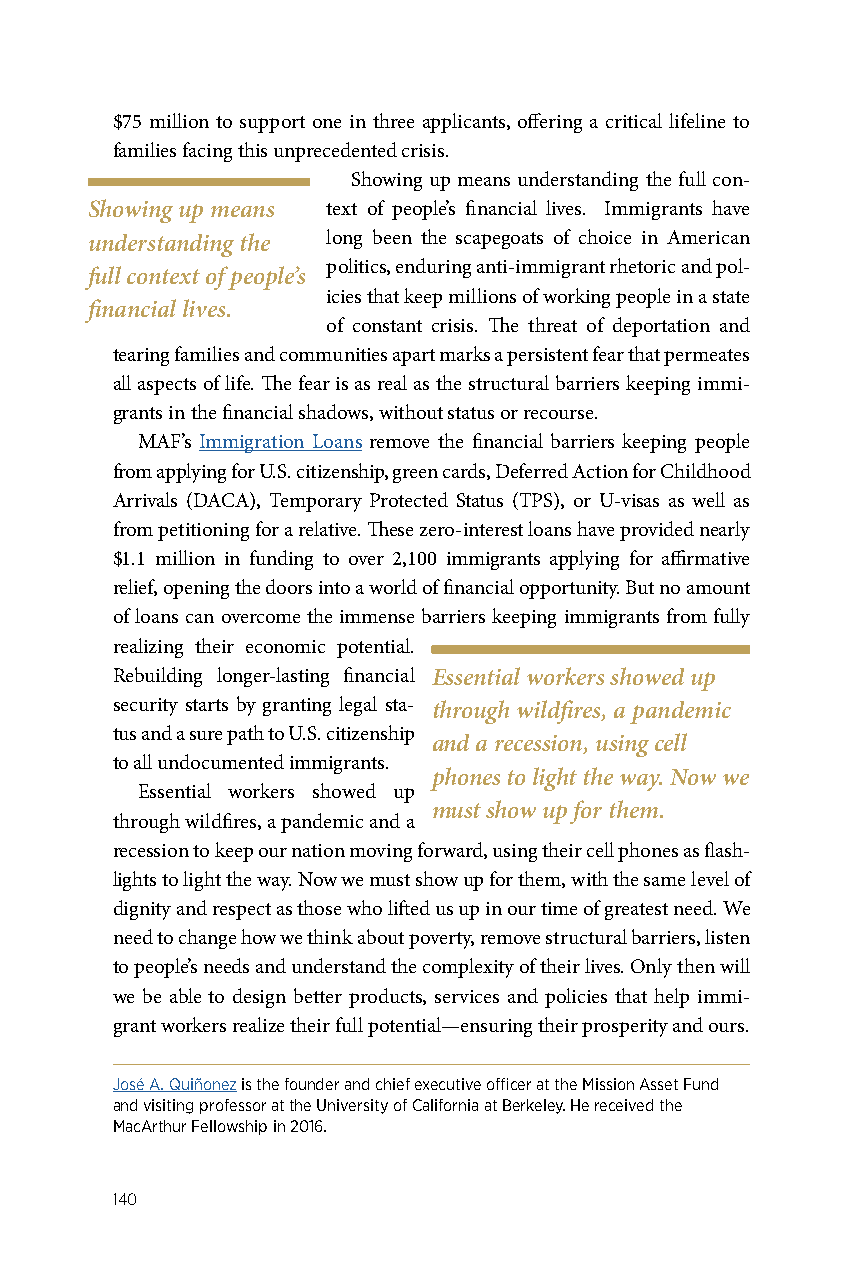
$75 million to support one in three applicants, offering a critical lifeline to
 families facing this unprecedented crisis.
 Showing up means understanding the full con-
 Showing up means text of people’s financial lives. Immigrants have
 understanding the long been the scapegoats of choice in American
 politics, enduring anti-immigrant rhetoric and pol-
 full context of people’s
 icies that keep millions of working people in a state
 financial lives.
 of constant crisis. The threat of deportation and
 tearing families and communities apart marks a persistent fear that permeates
 all aspects of life. The fear is as real as the structural barriers keeping immi-
 grants in the financial shadows, without status or recourse.
 MAF’s Immigration Loans remove the financial barriers keeping people
 from applying for U.S. citizenship, green cards, Deferred Action for Childhood
 Arrivals (DACA), Temporary Protected Status (TPS), or U-visas as well as
 from petitioning for a relative. These zero-interest loans have provided nearly
 $1.1 million in funding to over 2,100 immigrants applying for affirmative
 relief, opening the doors into a world of financial opportunity. But no amount
 of loans can overcome the immense barriers keeping immigrants from fully
 realizing their economic potential.
 Rebuilding longer-lasting financial Essential workers showed up
 security starts by granting legal sta- through wildfires, a pandemic
 tus and a sure path to U.S. citizenship
 and a recession, using cell
 to all undocumented immigrants.
 phones to light the way. Now we
 Essential workers showed up
 must show up for them.
 through wildfires, a pandemic and a
 recession to keep our nation moving forward, using their cell phones as flash-
 lights to light the way. Now we must show up for them, with the same level of
 dignity and respect as those who lifted us up in our time of greatest need. We
 need to change how we think about poverty, remove structural barriers, listen
 to people’s needs and understand the complexity of their lives. Only then will
 we be able to design better products, services and policies that help immi-
 grant workers realize their full potential—ensuring their prosperity and ours.
 José A. Quiñonez is the founder and chief executive officer at the Mission Asset Fund
 and visiting professor at the University of California at Berkeley. He received the
 MacArthur Fellowship in 2016.
 140